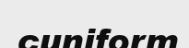
cuniform